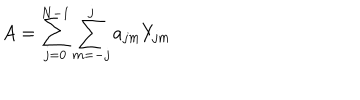
A = \sum _ { j = 0 } ^ { N - 1 } \sum _ { m = - j } ^ { j } a _ { j m } Y _ { j m }